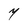
Character: Y